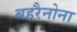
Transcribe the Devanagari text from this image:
बहरैनोना